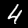
Label: 4